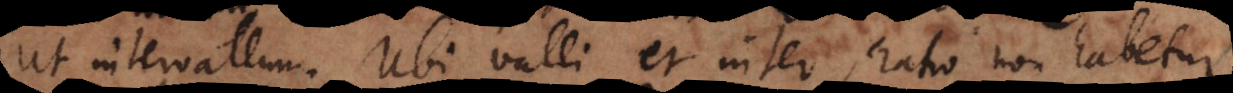
ut intervallum. Ubi valli et inter, ratio non habetur.